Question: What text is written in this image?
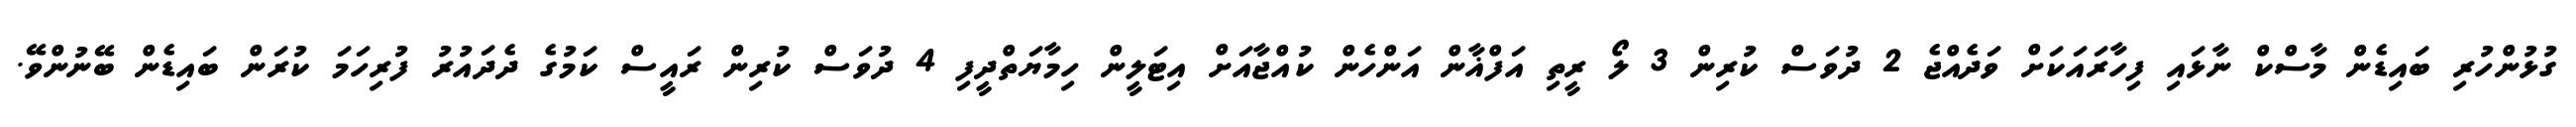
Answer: ގުޅުންހުރި ބައިޑެން މާސްކް ނާޅައި ފިހާރައަކަށް ވަދެއްޖެ 2 ދުވަސް ކުރިން 3 ލޯ ރީތި އަފްޣާން އަންހެން ކުއްޖާއަށް އިޓަލީން ހިމާޔަތްދީފި 4 ދުވަސް ކުރިން ރައީސް ކަމުގެ ދެދައުރު ފުރިހަމަ ކުރަން ބައިޑެން ބޭނުންވޭ.